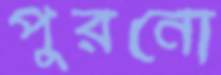
পুরনো